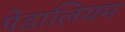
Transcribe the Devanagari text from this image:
पेडालियम